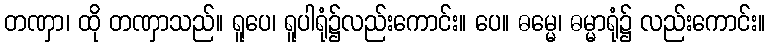
တဏှာ၊ ထို တဏှာသည်။ ရူပေ၊ ရူပါရုံ၌လည်းကောင်း။ ပေ။ ဓမ္မေ၊ ဓမ္မာရုံ၌ လည်းကောင်း။